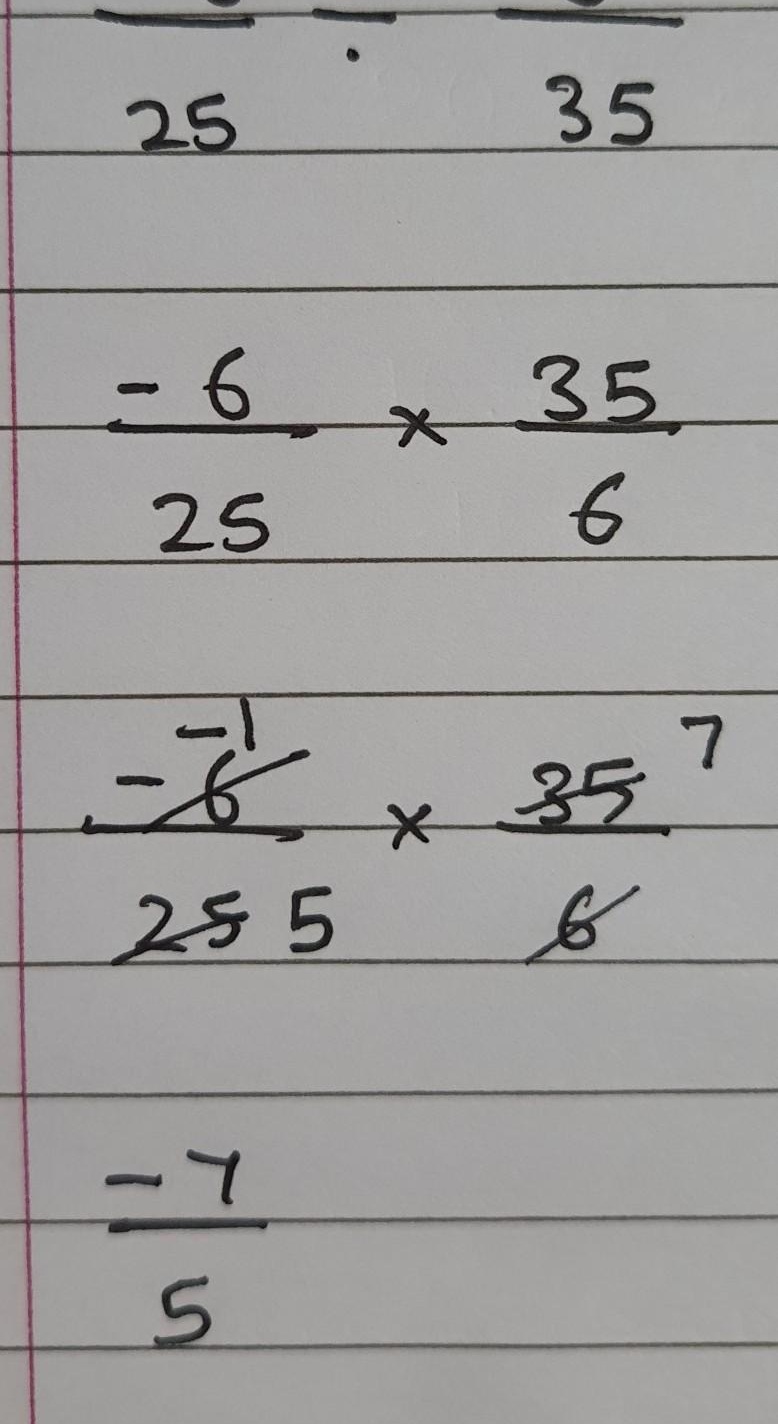
\[
\begin{align*}
&\frac{-6}{25}\times\frac{35}{6}\\
=&\frac{- \not{6}^1}{25_5}\times\frac{35^7}{\not{6}}\\
=&\frac{-7}{5}
\end{align*}
\]